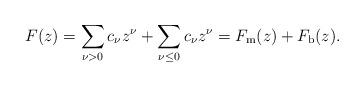
LaTeX: \begin{align*}F(z) =\sum_{\nu > 0} c_\nu z^\nu + \sum_{\nu \leq 0} c_\nu z^\nu=F_{\mathrm{m}}(z) + F_{\mathrm{b}}(z).\end{align*}